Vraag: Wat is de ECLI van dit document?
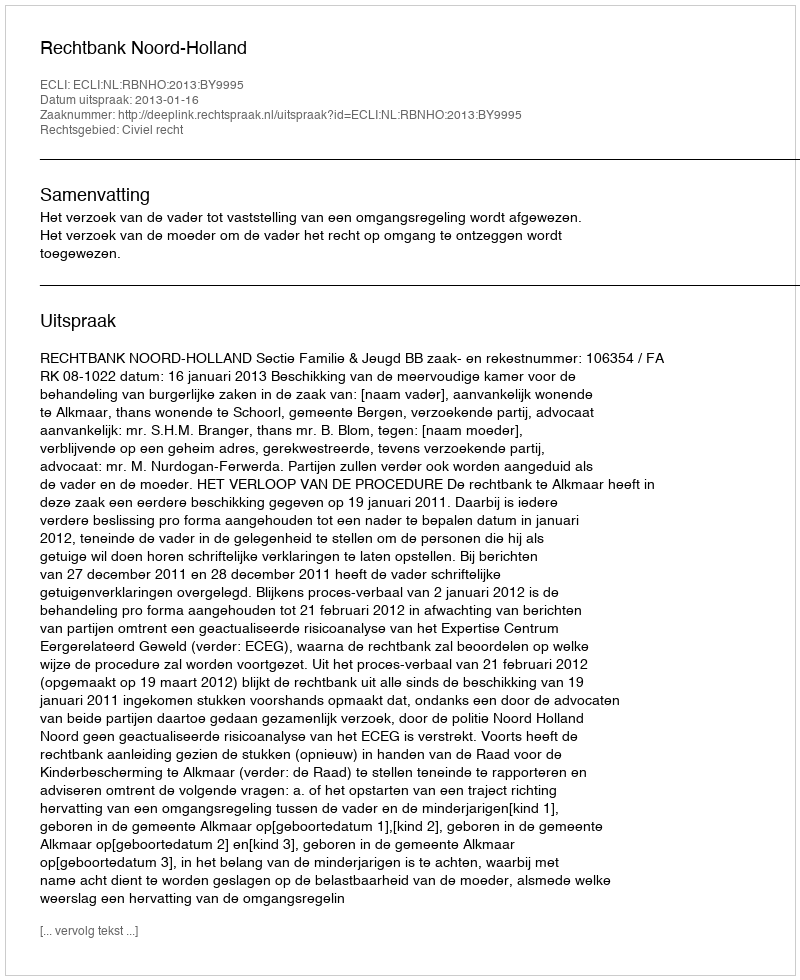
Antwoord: ECLI:NL:RBNHO:2013:BY9995